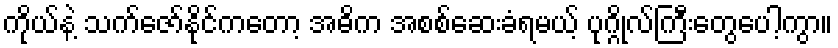
ကိုယ်နဲ့ သက်ဇော်နိုင်ကတော့ အဓိက အစစ်ဆေးခံရမယ့် ပုဂ္ဂိုလ်ကြီးတွေပေါ့ကွာ။